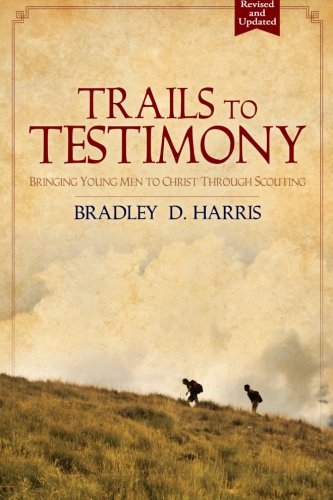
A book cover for Trails to Testimony: Bringing Young Men to Christ Through Scouting; Bradley D Harris; Christian Books & Bibles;